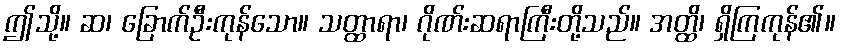
ဤသို့။ ဆ၊ ခြောက်ဦးကုန်သော။ သတ္ထာရာ၊ ဂိုဏ်းဆရာကြီးတို့သည်။ အတ္ထိ၊ ရှိကြကုန်၏။